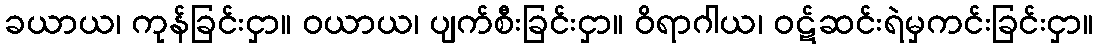
ခယာယ၊ ကုန်ခြင်းငှာ။ ဝယာယ၊ ပျက်စီးခြင်းငှာ။ ဝိရာဂါယ၊ ဝဋ်ဆင်းရဲမှကင်းခြင်းငှာ။